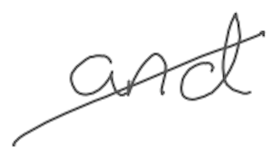
Text: and
Cross-out: diagonal
Writing tool: digital_gray